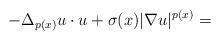
\begin{align*}-\Delta_{p(x)} u \cdot u+\sigma(x)|\nabla u|^{p(x)}=\end{align*}